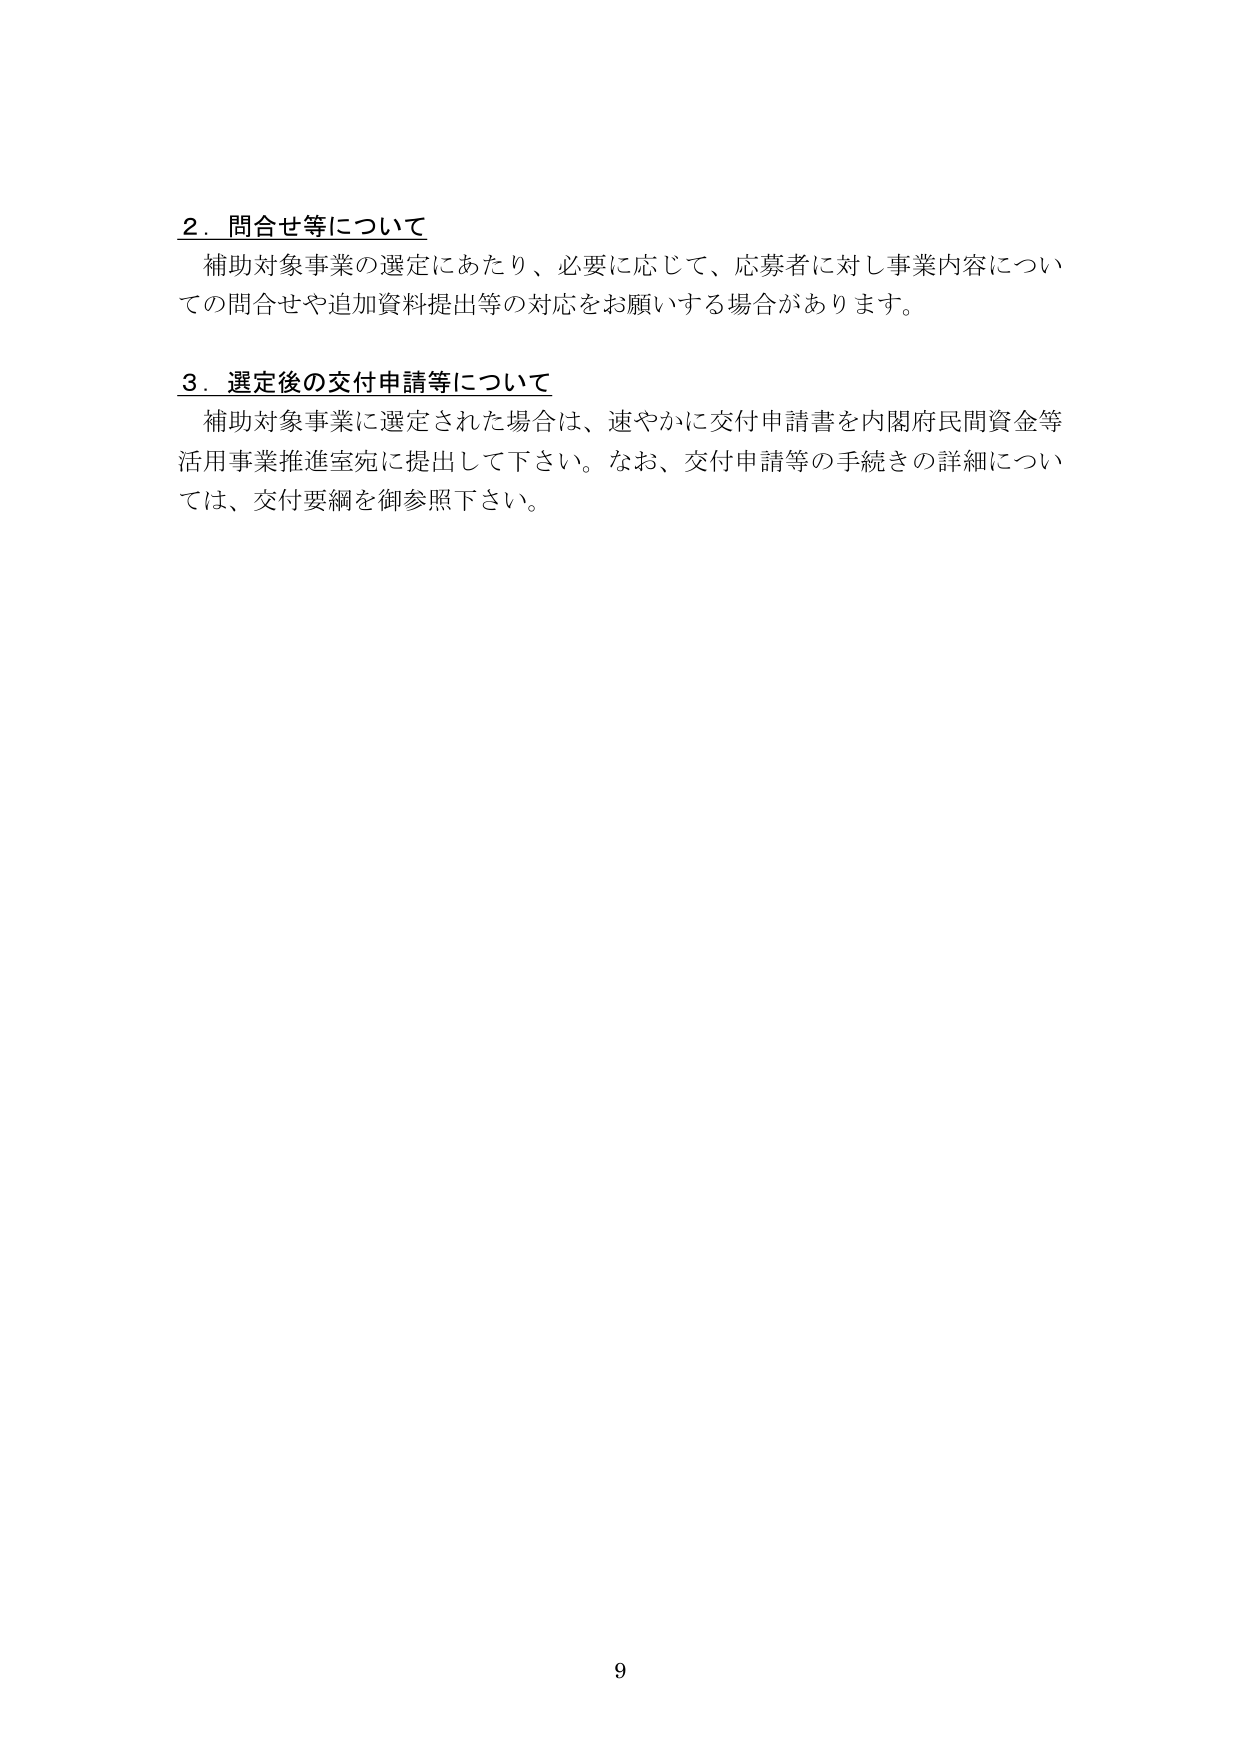
2．問合せ等について
補助対象事業の選定にあたり、必要に応じて、応募者に対し事業内容についての問合せや追加資料提出等の対応をお願いする場合があります。

3．選定後の交付申請等について
補助対象事業に選定された場合は、速やかに交付申請書を内閣府民間資金等活用事業推進室宛に提出して下さい。なお、交付申請等の手続きの詳細については、交付要綱を御参照下さい。

9